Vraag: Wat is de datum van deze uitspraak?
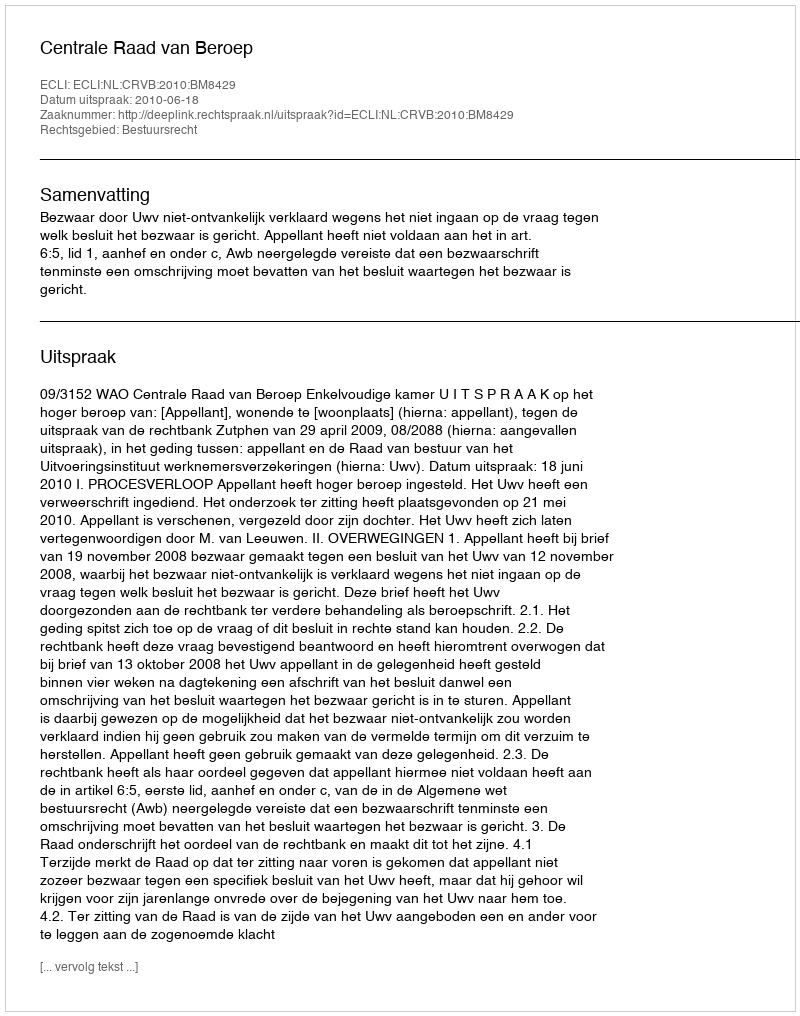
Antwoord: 2010-06-18